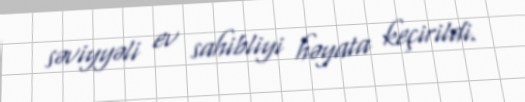
səviyyəli ev sahibliyi həyata keçirildi.